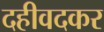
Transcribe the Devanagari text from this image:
दहीवदकर